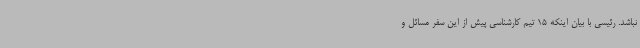
نباشد. رئیسی با بیان اینکه 15 تیم کارشناسی پیش از این سفر مسائل و